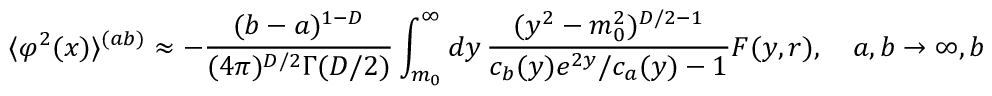
\langle \varphi ^ { 2 } ( x ) \rangle ^ { ( a b ) } \approx - \frac { ( b - a ) ^ { 1 - D } } { ( 4 \pi ) ^ { D / 2 } \Gamma ( D / 2 ) } \int _ { m _ { 0 } } ^ { \infty } d y \, \frac { ( y ^ { 2 } - m _ { 0 } ^ { 2 } ) ^ { D / 2 - 1 } } { c _ { b } ( y ) e ^ { 2 y } / c _ { a } ( y ) - 1 } F ( y , r ) , \quad a , b \to \infty , b - a = { \mathrm { c o n s t } } .